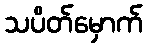
သပိတ်မှောက်